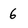
Character: 6